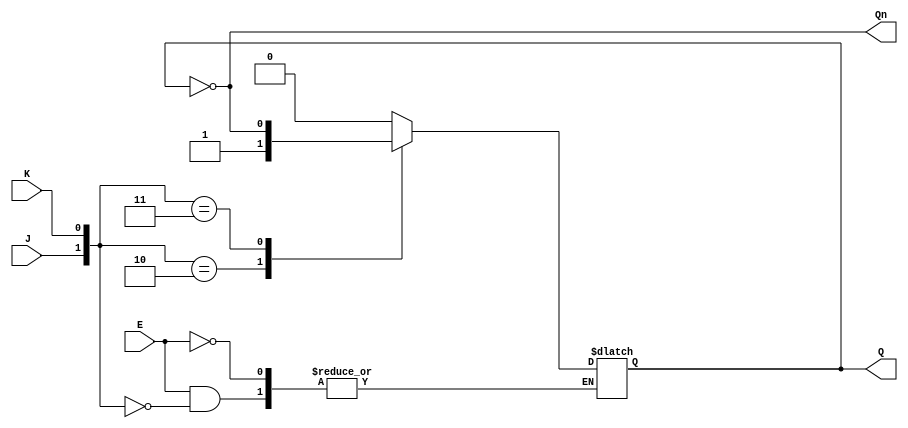
module GatedJKLatch (
    input wire J,     // Input J
    input wire K,     // Input K
    input wire E,     // Enable input
    output reg Q,     // Output Q
    output wire Qn    // Complement of Q
);

// Complement of Q
assign Qn = ~Q;

// Always block to describe the behavior of the Gated JK Latch
always @ (J, K, E) begin
    if (E) begin  // Check if Enable is active
        case ({J, K})  // Concatenate J and K for case selection
            2'b00: Q <= Q;        // No change
            2'b01: Q <= 1'b0;     // Reset
            2'b10: Q <= 1'b1;     // Set
            2'b11: Q <= ~Q;       // Toggle
            default: Q <= Q;      // Default (shouldn't happen)
        endcase
    end
    // If E is LOW, Q retains its previous state (implicit)
end

endmodule